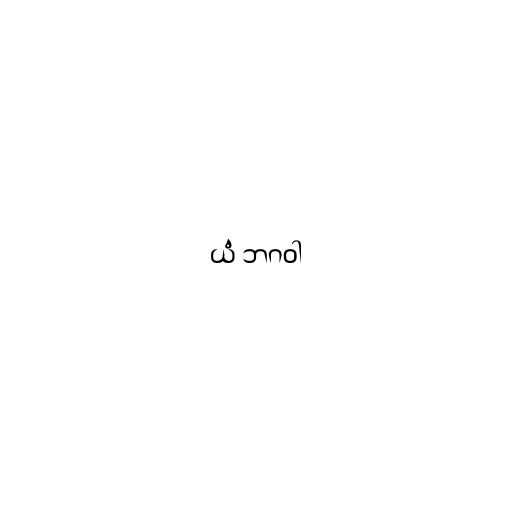
ယံ ဘဂဝါ